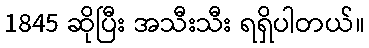
1845 ဆိုပြီး အသီးသီး ရရှိပါတယ်။